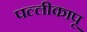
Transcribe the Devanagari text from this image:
पल्लीकापू